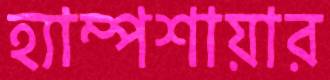
হ্যাম্পশায়ার